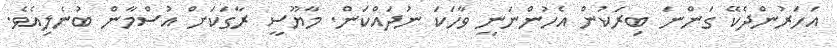
އަހަރުންދެކޭ ގަންނަ ބިރަކުން އެހުންނަނީ ވާހަކަ ނުދައްކަން. މާޔޫސީ ރާގަކަށް އުސްމާން ބުނެލިއެވެ.